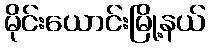
မိုင်းယောင်းမြို့နယ်